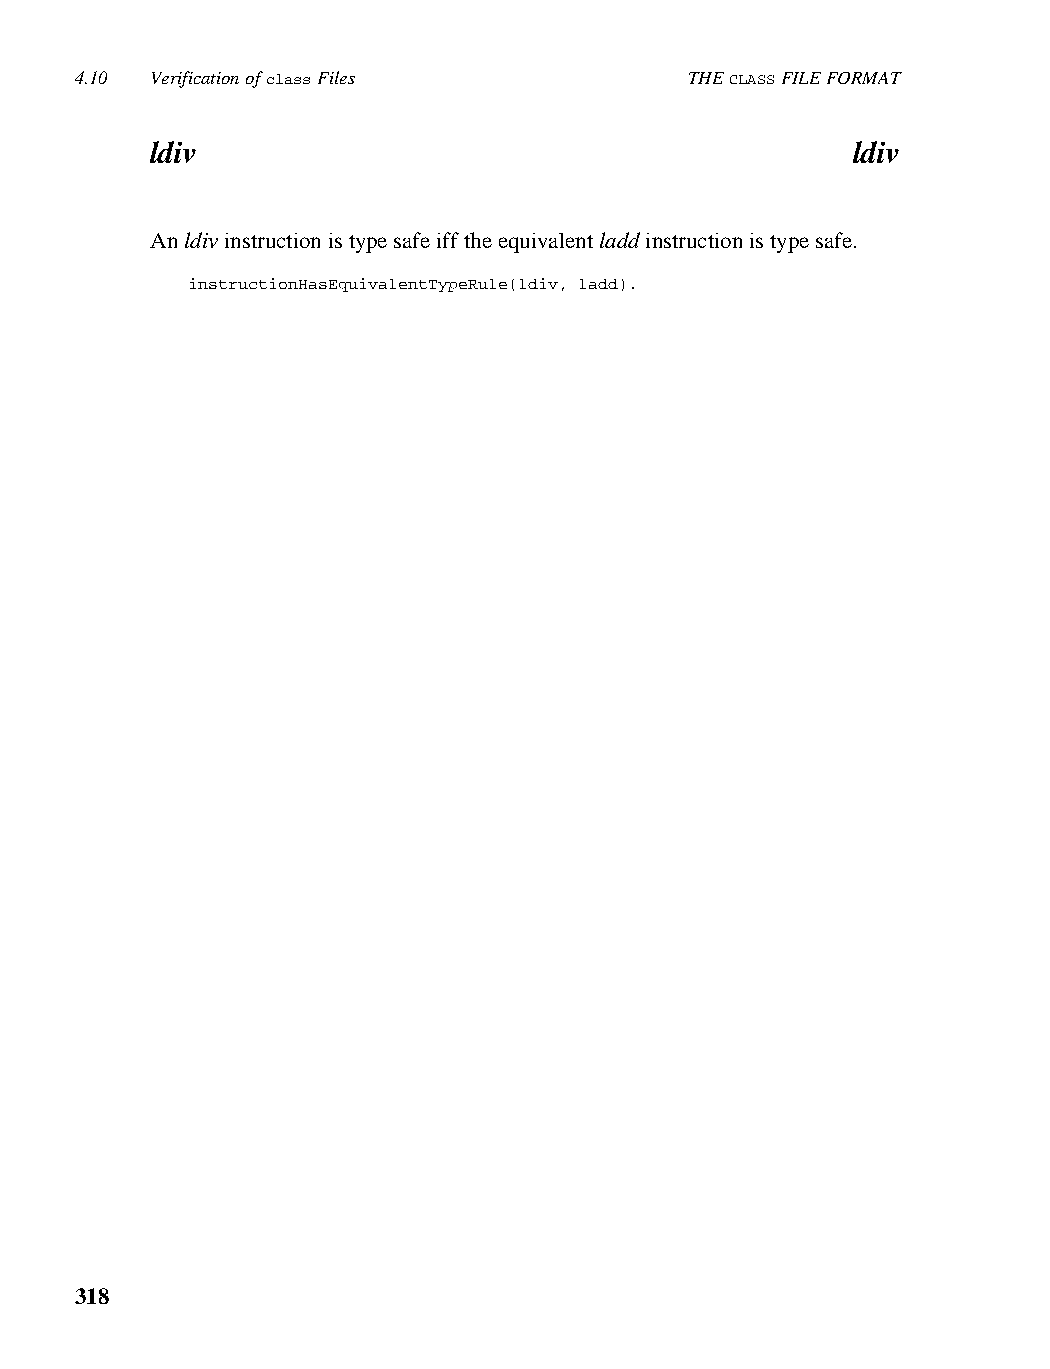
4.10 Verification of class Files         THE CLASS FILE FORMAT
 ldiv                                          ldiv
 An ldiv instruction is type safe iff the equivalent ladd instruction is type safe.
 instructionHasEquivalentTypeRule(ldiv, ladd).
 318